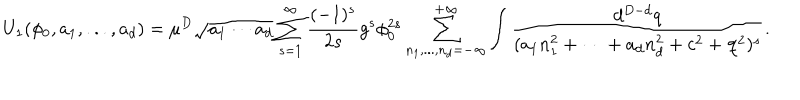
U _ { 1 } ( \phi _ { 0 } , a _ { 1 } , . . . , a _ { d } ) = \mu ^ { D } \sqrt { a _ { 1 } \cdots a _ { d } } \sum _ { s = 1 } ^ { \infty } \frac { ( - 1 ) ^ { s } } { 2 s } g ^ { s } \phi _ { 0 } ^ { 2 s } \sum _ { n _ { 1 } , . . . , n _ { d } = - \infty } ^ { + \infty } \int \frac { d ^ { D - d } q } { ( a _ { 1 } n _ { 1 } ^ { 2 } + \cdots + a _ { d } n _ { d } ^ { 2 } + c ^ { 2 } + { \bf q } ^ { 2 } ) ^ { s } } .